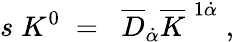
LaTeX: s\; K^{0}\; =\; \; \overline{{{D}}}_{\dot{\alpha}}\overline{{{K}}}^{\; 1\dot{\alpha}}\; ,\;